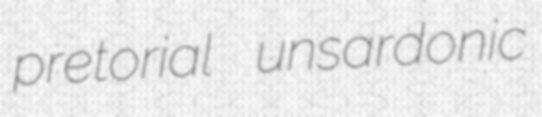
pretorial unsardonic